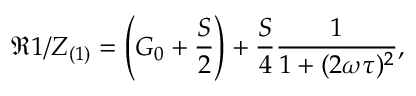
\Re { 1 / Z _ { ( 1 ) } } = \left( G _ { 0 } + \frac { S } { 2 } \right) + \frac { S } { 4 } \frac { 1 } { 1 + ( 2 \omega \tau ) ^ { 2 } } ,